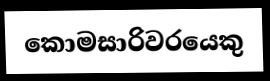
කොමසාරිවරයෙකු